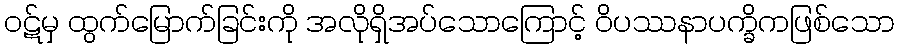
ဝဋ်မှ ထွက်မြောက်ခြင်းကို အလိုရှိအပ်သောကြောင့် ဝိပဿနာပက္ခိကဖြစ်သော